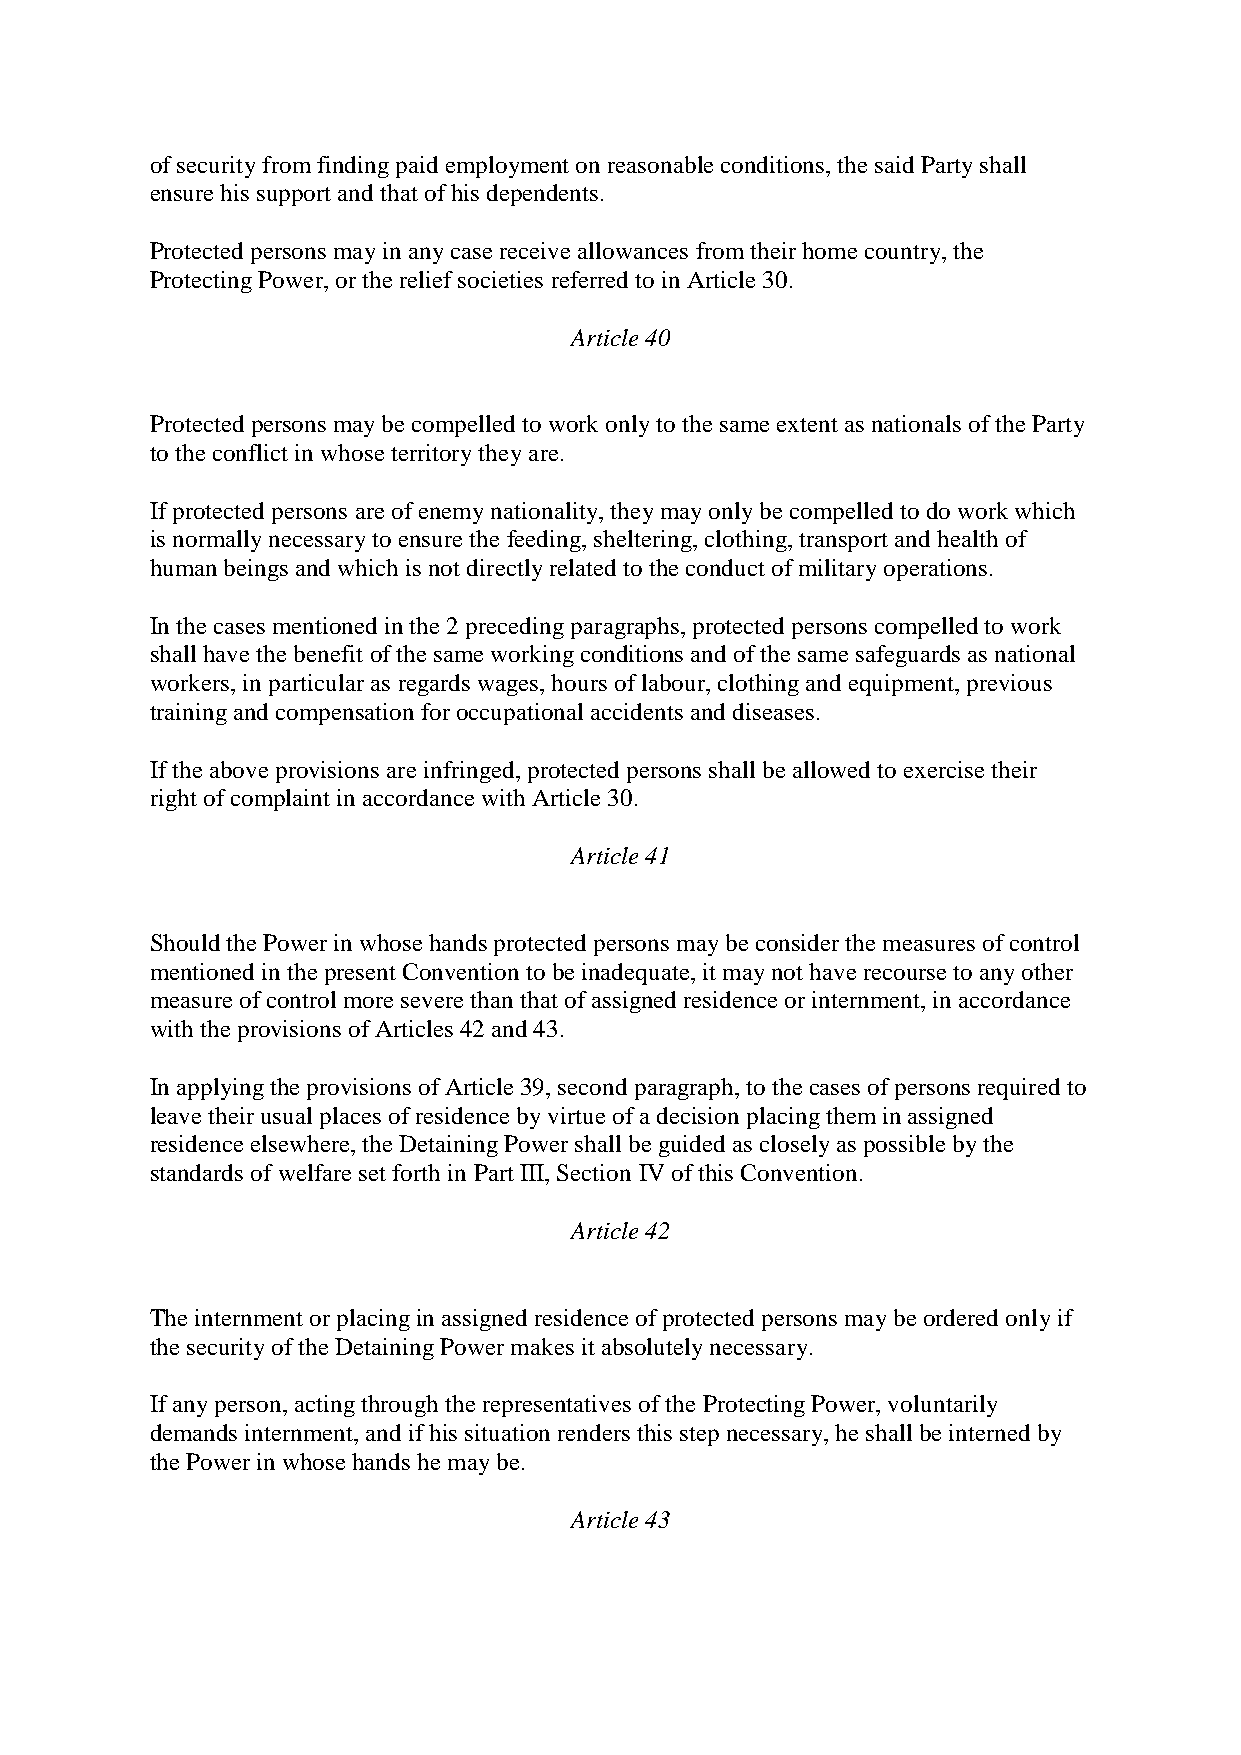
of security from finding paid employment on reasonable conditions, the said Party shall
 ensure his support and that of his dependents.
 Protected persons may in any case receive allowances from their home country, the
 Protecting Power, or the relief societies referred to in Article 30.
 Article 40
 Protected persons may be compelled to work only to the same extent as nationals of the Party
 to the conflict in whose territory they are.
 If protected persons are of enemy nationality, they may only be compelled to do work which
 is normally necessary to ensure the feeding, sheltering, clothing, transport and health of
 human beings and which is not directly related to the conduct of military operations.
 In the cases mentioned in the 2 preceding paragraphs, protected persons compelled to work
 shall have the benefit of the same working conditions and of the same safeguards as national
 workers, in particular as regards wages, hours of labour, clothing and equipment, previous
 training and compensation for occupational accidents and diseases.
 If the above provisions are infringed, protected persons shall be allowed to exercise their
 right of complaint in accordance with Article 30.
 Article 41
 Should the Power in whose hands protected persons may be consider the measures of control
 mentioned in the present Convention to be inadequate, it may not have recourse to any other
 measure of control more severe than that of assigned residence or internment, in accordance
 with the provisions of Articles 42 and 43.
 In applying the provisions of Article 39, second paragraph, to the cases of persons required to
 leave their usual places of residence by virtue of a decision placing them in assigned
 residence elsewhere, the Detaining Power shall be guided as closely as possible by the
 standards of welfare set forth in Part III, Section IV of this Convention.
 Article 42
 The internment or placing in assigned residence of protected persons may be ordered only if
 the security of the Detaining Power makes it absolutely necessary.
 If any person, acting through the representatives of the Protecting Power, voluntarily
 demands internment, and if his situation renders this step necessary, he shall be interned by
 the Power in whose hands he may be.
 Article 43